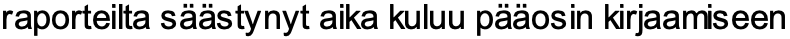
raporteilta säästynyt aika kuluu pääosin kirjaamiseen